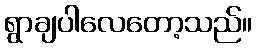
ရွာချပါလေတော့သည်။